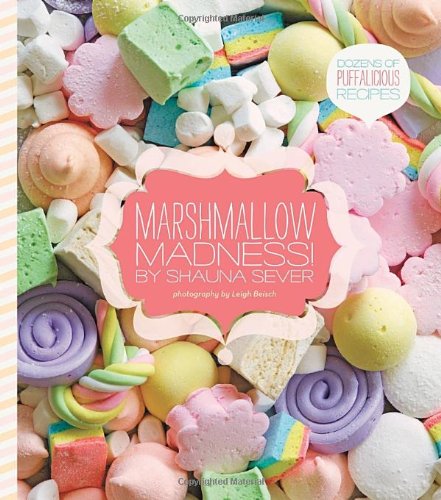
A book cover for Marshmallow Madness!: Dozens of Puffalicious Recipes; Shauna Sever; Cookbooks, Food & Wine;